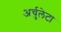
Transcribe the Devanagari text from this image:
अर्चुलेटा